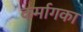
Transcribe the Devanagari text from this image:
कर्मागका